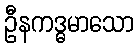
ဦနကဒ္ဓမာသော